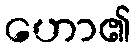
ဟော၏